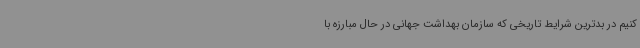
کنیم در بدترین شرایط تاریخی که سازمان بهداشت جهانی در حال مبارزه با